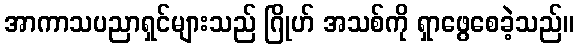
အာကာသပညာရှင်များသည် ဂြိုဟ် အသစ်ကို ရှာဖွေစေခဲ့သည်။